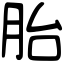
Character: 胎